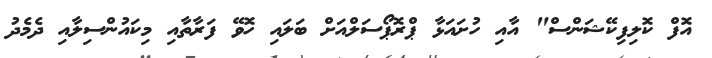
އޮފް ކޮލިފިކޭޝަންސް" އާއި ހުށައަޅާ ޕްރޮޕޯސަލްއަށް ބަލައި ހޮވޭ ފަރާތާއި މިކައުންސިލާއި ދެމެދު